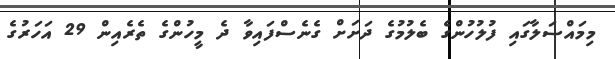
މިމައްސަލާގައި ފުލުހުންގެ ބެލުމުގެ ދަށަށް ގެނެސްފައިވާ ދެ މީހުންގެ ތެރެއިން 29 އަހަރުގެ